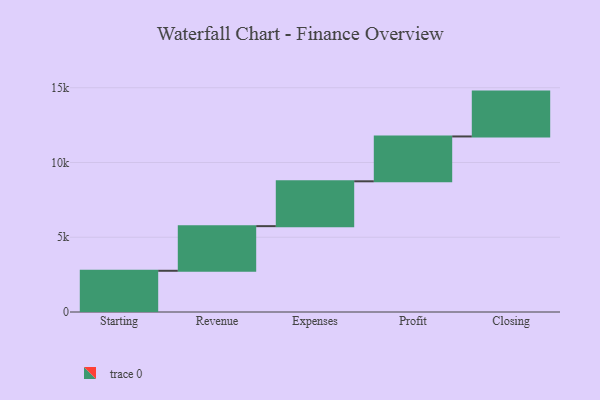
{"axis": {"x": "Step", "y": "Value"}, "legend": [""], "data": [{"x": "Starting", "y": 2757.0, "type": ""}, {"x": "Revenue", "y": 2986.0, "type": ""}, {"x": "Expenses", "y": 3000, "type": ""}, {"x": "Profit", "y": 3000, "type": ""}, {"x": "Closing", "y": 3000, "type": ""}]}